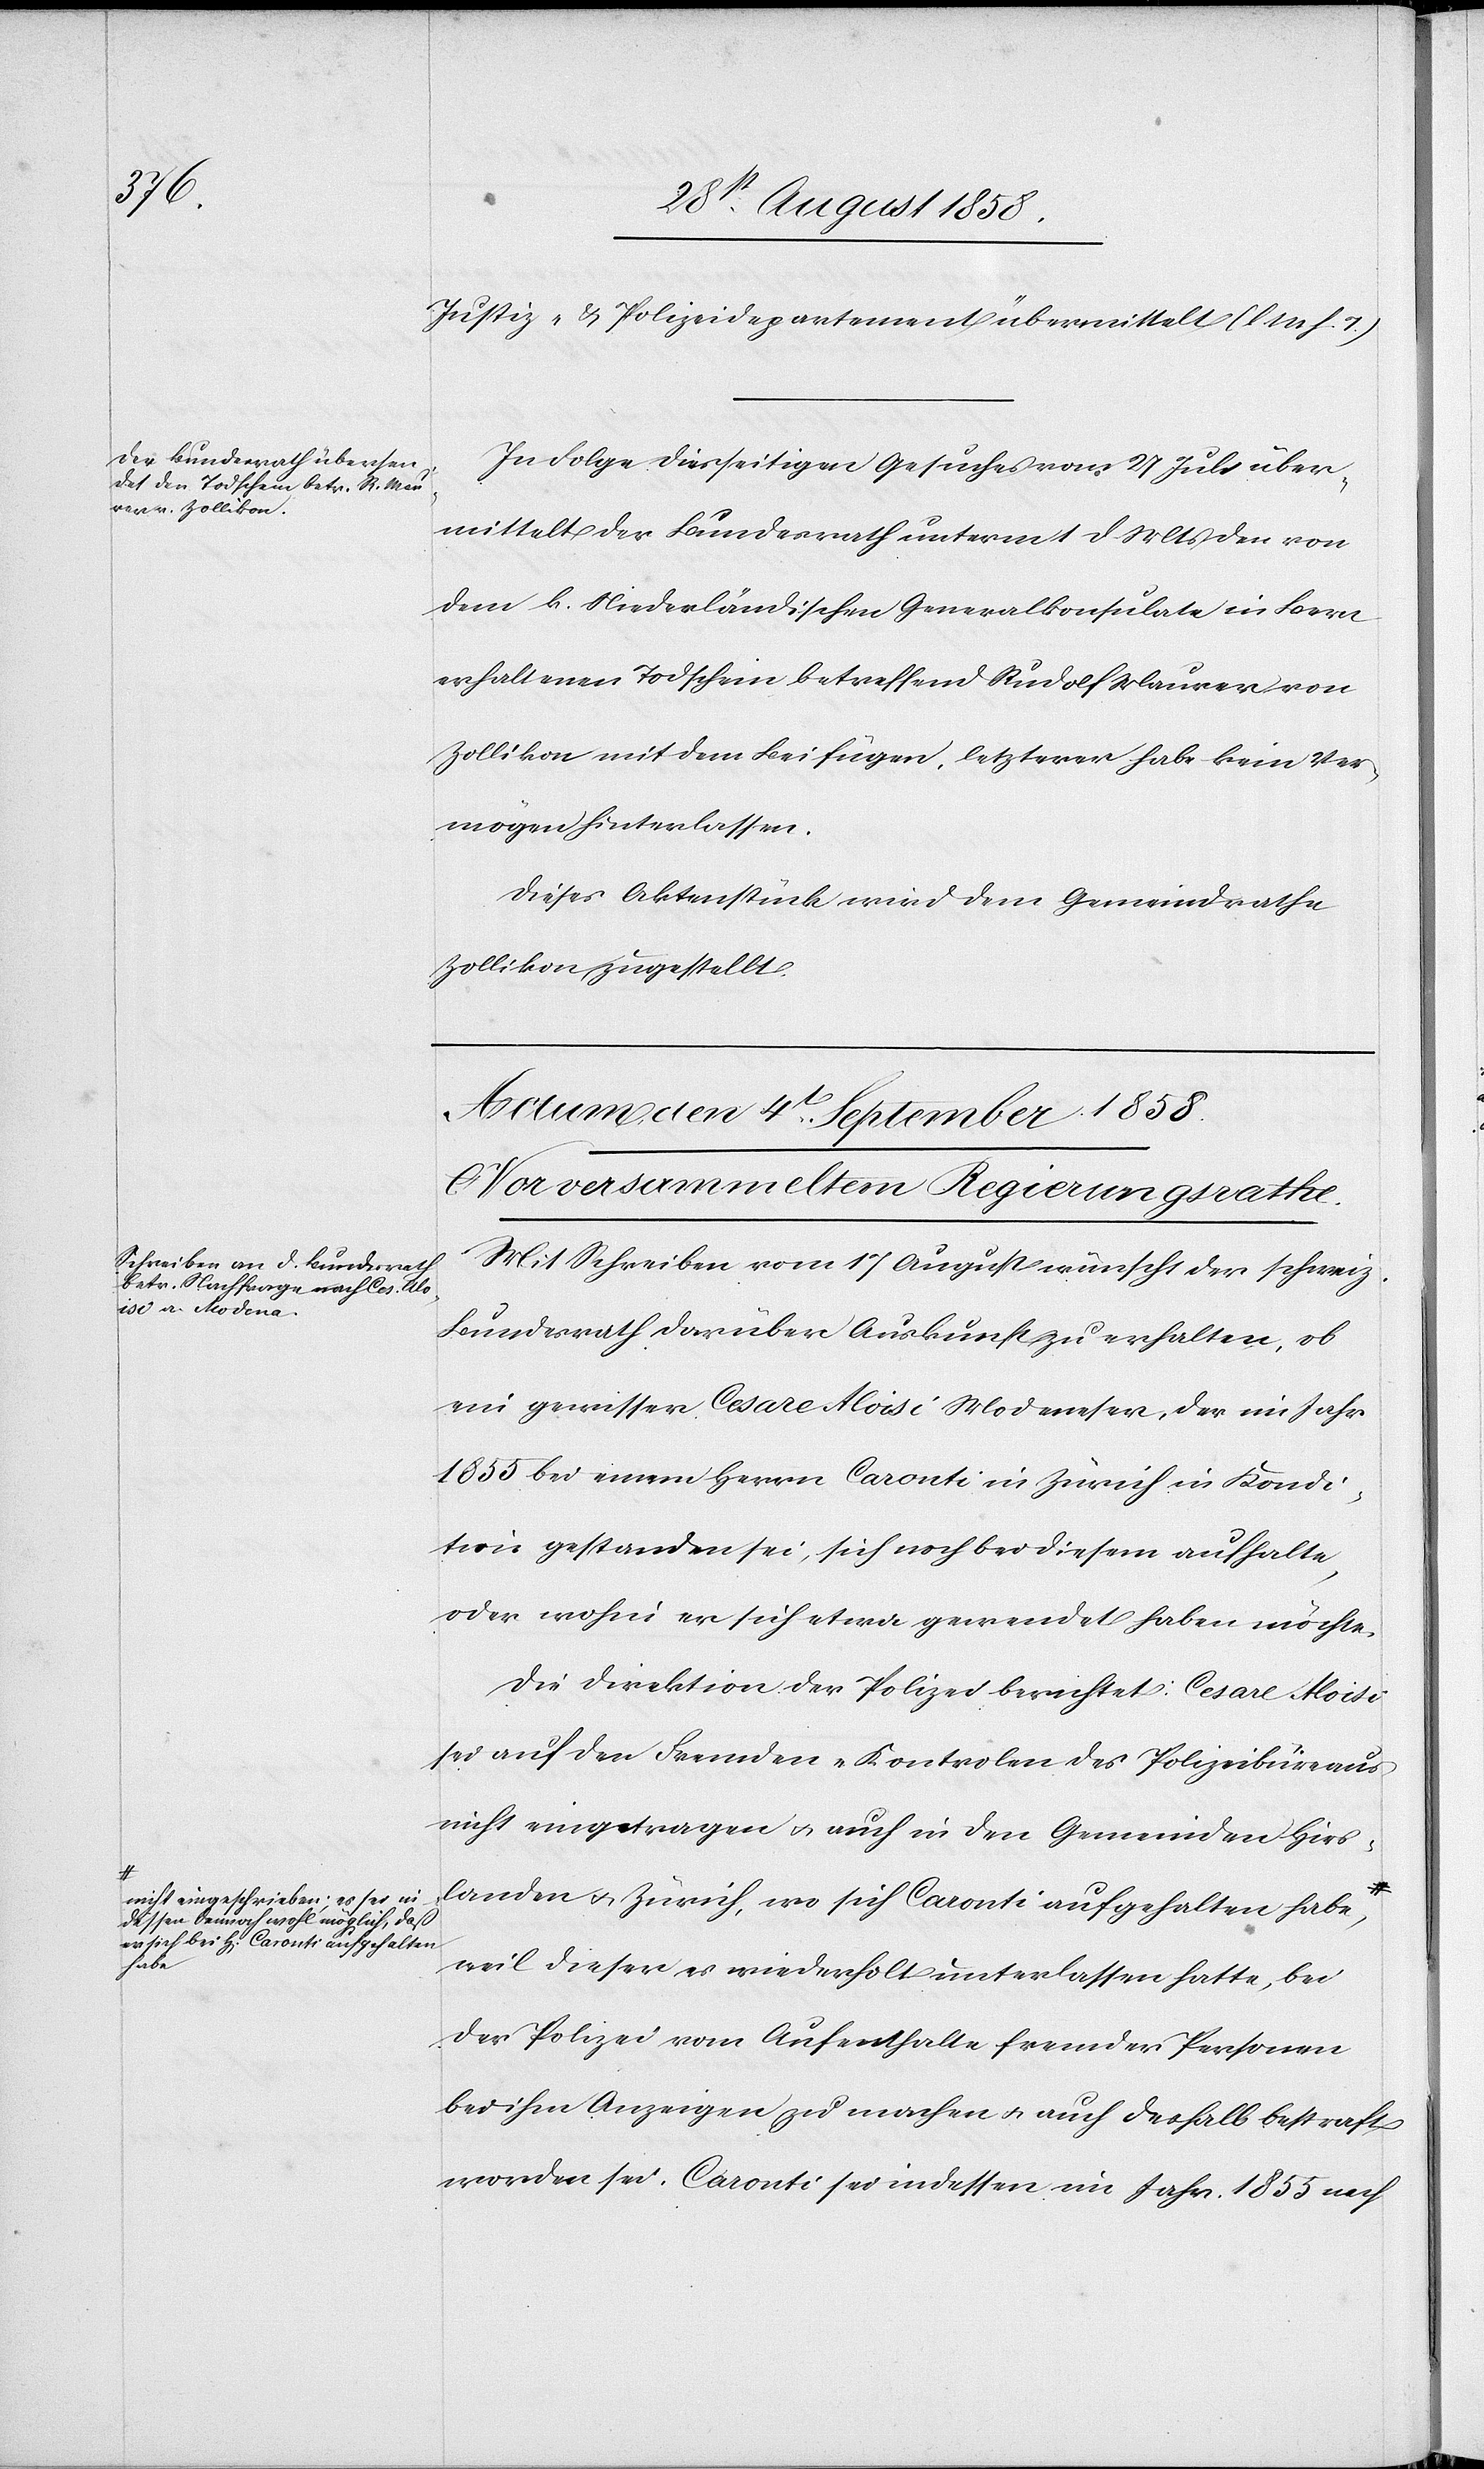
a-nicht eingeschrieben; es sei in¬
dessen dennoch wohl möglich, daß
er sich bei H[errn] Caronti aufgehalten
habe-a

Justiz- & Polizeidepartement übermittelt (l. M. h. T.)
In Folge diesseitigen Gesuches vom 27 Juli über¬
mittelt der Bundesrath unterm 1 d. Mts den von
dem k. Niederländischen Generalkonsulate in Bern
erhaltenen Todschein betreffend Rudolf Maurer von
Zollikon mit dem Beifügen, letzterer habe kein Ver¬
mögen hinterlassen.
Dieses Aktenstück wird dem Gemeindrathe
Zollikon zugestellt.
Actum den 3t September 1858.]
Mit Schreiben vom 17 August wünscht der schweiz.
Bundesrath darüber Auskunft zu erhalten, ob
ein gewisser Cesare Aloisi Modeneser, der im Jahr
1855 bei einem Herrn Caronti in Zürich in Kondi¬
tion gestanden sei, sich noch bei diesem aufhalte,
oder wohin er sich etwa gewendet haben möchte.
Die Direktion der Polizei berichtet: Cesare Aloisi
sei auf den Fremden-Kontrolen des Polizeibüreaus
nicht eingetragen & auch in den Gemeinden Hirs¬
landen & Zürich, wo sich Caronti aufgehalten habe,
weil dieser es wiederholt unterlassen hatte, bei
der Polizei vom Aufenthalte fremder Personen
bei ihm Anzeigen zu machen & auch deshalb bestraft
worden sei. Caronti sei indessen im Jahr 1855 nach